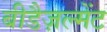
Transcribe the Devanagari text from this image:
बीडैज़ल्मेंट